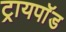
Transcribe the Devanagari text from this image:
ट्रायपाॅड